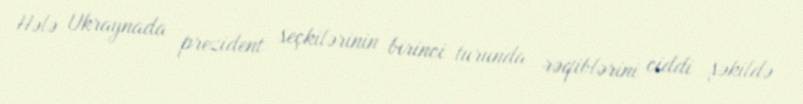
Hələ Ukraynada prezident seçkilərinin birinci turunda rəqiblərini ciddi şəkildə